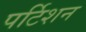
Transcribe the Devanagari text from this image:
पर्टिशन